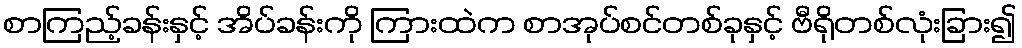
စာကြည့်ခန်းနှင့် အိပ်ခန်းကို ကြားထဲက စာအုပ်စင်တစ်ခုနှင့် ဗီရိုတစ်လုံးခြား၍